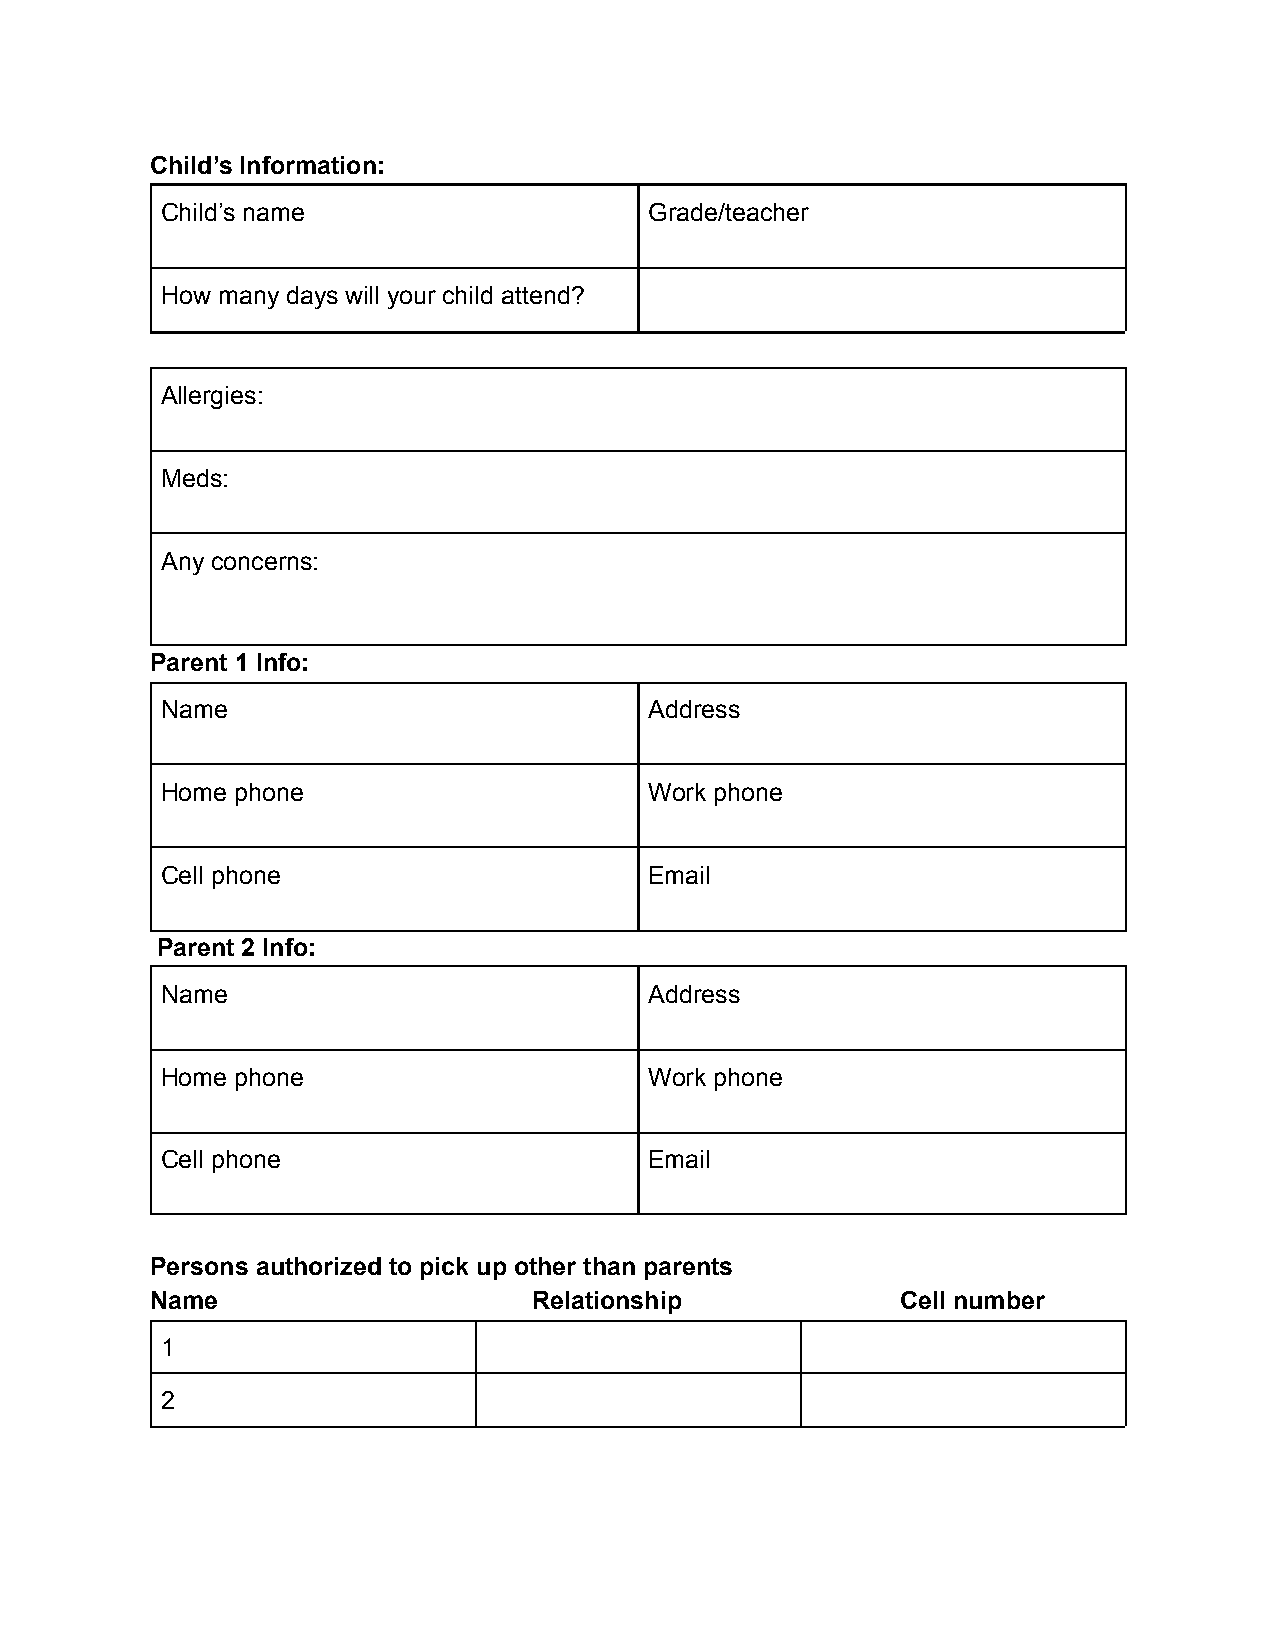
Child’s Information:
 Child’s name                    Grade/teacher
 How many days will your child attend?
 Allergies:
 Meds:
 Any concerns:
 Parent 1 Info:
 Name                            Address
 Home phone                      Work phone
 Cell phone                      Email
 Parent 2 Info:
 Name                            Address
 Home phone                      Work phone
 Cell phone                      Email
 Persons authorized to pick up other than parents
 Name                     Relationship             Cell number
 1
 2